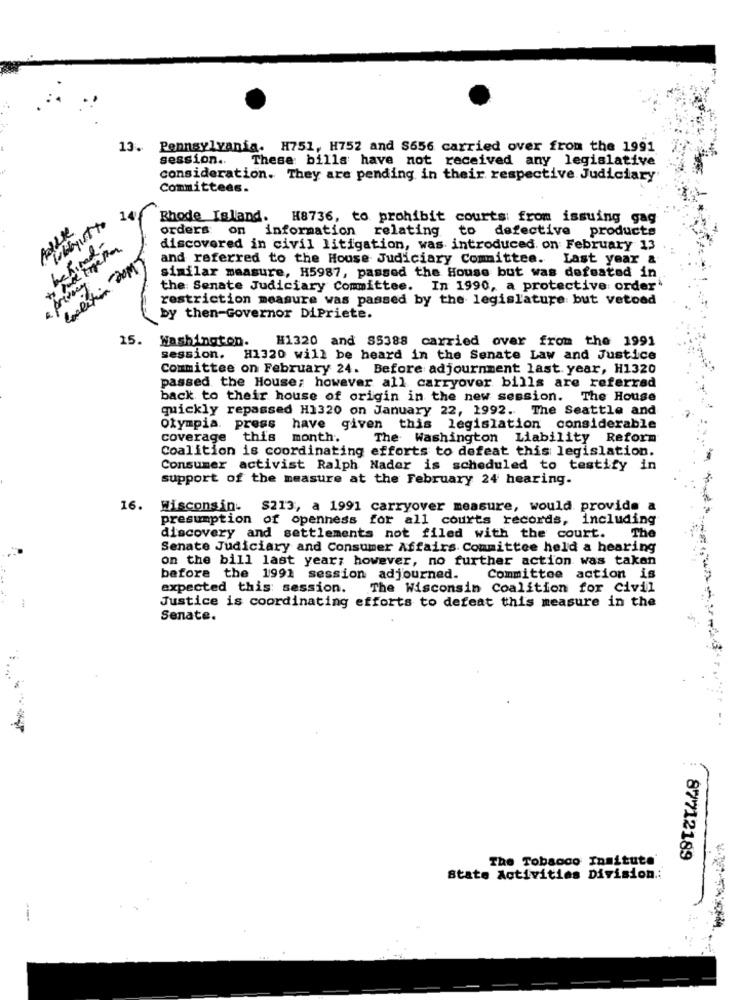
13. Pennsylvania. H751, H752 and $656 carried over from the 1991
session. These bills have not received any legislative
consideration. They are pending in their respective Judiciary
Committees.
lobbyist to
Rhode Island. H8736, to prohibit courts: from issuing gag
orders on information
relating to defective products
discovered in civil litigation, was introduced. on February 13
and referred to the House Judiciary Committee. Last year &
Coalition DOM
similar measure, H5987, passed the House but was defeated in
the Senate Judiciary Committee. In 1990, a protective order
restriction measure was passed by the legislature but vetoed
by then-Governor DiPriete.
15. Washington.
H1320 and S5388 carried over from the 1991
session. H1320 will be heard in the Senate Law and Justice
Committee on February 24. Before adjournment last year, H1320
passed the House; however all carryover bills are referred
back to their house of origin in the new session. The House
quickly repassed H1320 on January 22, 1992. The Seattle and
Olympia. press have given this legislation considerable
coverage this month.
The Washington Liability Reform
Coalition is coordinating efforts to defeat this legislation.
Consumer activist Ralph Nader is scheduled to testify in
support of the measure at the February 24 hearing.
16. Wisconsin. $213, a 1991 carryover measure, would provide a
presumption of openness for all courts records, including
discovery and settlements not filed with the court. The
Senate Judiciary and Consumer Affairs Committee held a hearing
on the bill last year; however, no further action was taken
before the 1991 session adjourned. Committee action is
expected this session. The Wisconsin Coalition for Civil
Justice is coordinating efforts to defeat this measure in the
Senate.
*: 44
The Tobacco Insitute
87712189
state Activities Division .: